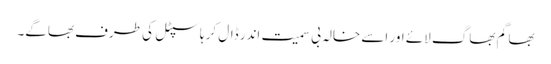
بھاگم بھاگ لائے اور اسے خالہ بی سمیت اندر ڈال کر ہاسپٹل کی طرف بھاگے۔